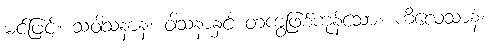
မင်ဖြင့်။ သဝါသနာနံ၊ ဝါသနာနှင့် တကွဖြစ်ကုန်သော။ ကိလေသာနံ၊